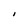
Character: I